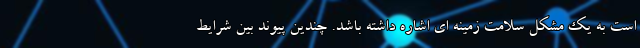
است به یک مشکل سلامت زمینه ای اشاره داشته باشد. چندین پیوند بین شرایط